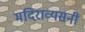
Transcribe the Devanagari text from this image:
मदिराव्यसनी